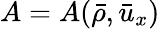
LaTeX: A=A(\bar{\rho},\bar{u}_{x})